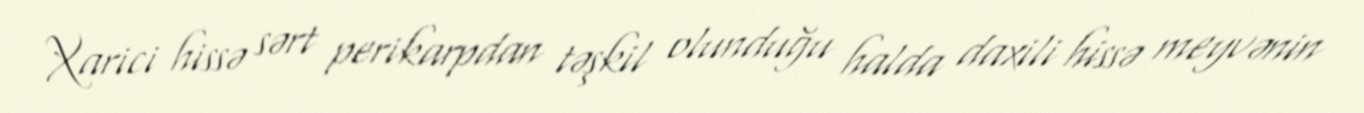
Xarici hissə sərt perikarpdan təşkil olunduğu halda daxili hissə meyvənin